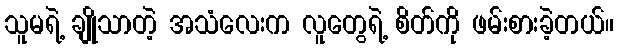
သူမရဲ့ ချိုသာတဲ့ အသံလေးက လူတွေရဲ့ စိတ်ကို ဖမ်းစားခဲ့တယ်။